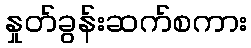
နှုတ်ခွန်းဆက်စကား